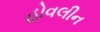
હોવલીન